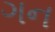
ગન